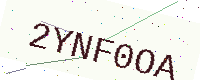
Text: 2YNF0OA